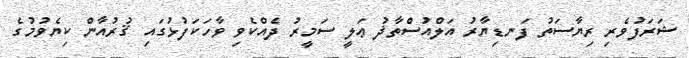
ޝަރަފުވެރި ރިޔާސަތު ފަނޑިޔާރު އަލްއުސްތާޛު ޢަލީ ސަމީރު ދެއްކެވި ވާހަކަފުޅުގައި ޤުރުއާން ކިޔެވުމުގެ